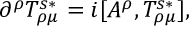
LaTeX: \partial ^ { \rho } T _ { \rho \mu } ^ { s \ast } = i [ A ^ { \rho } , T _ { \rho \mu } ^ { s \ast } ] ,